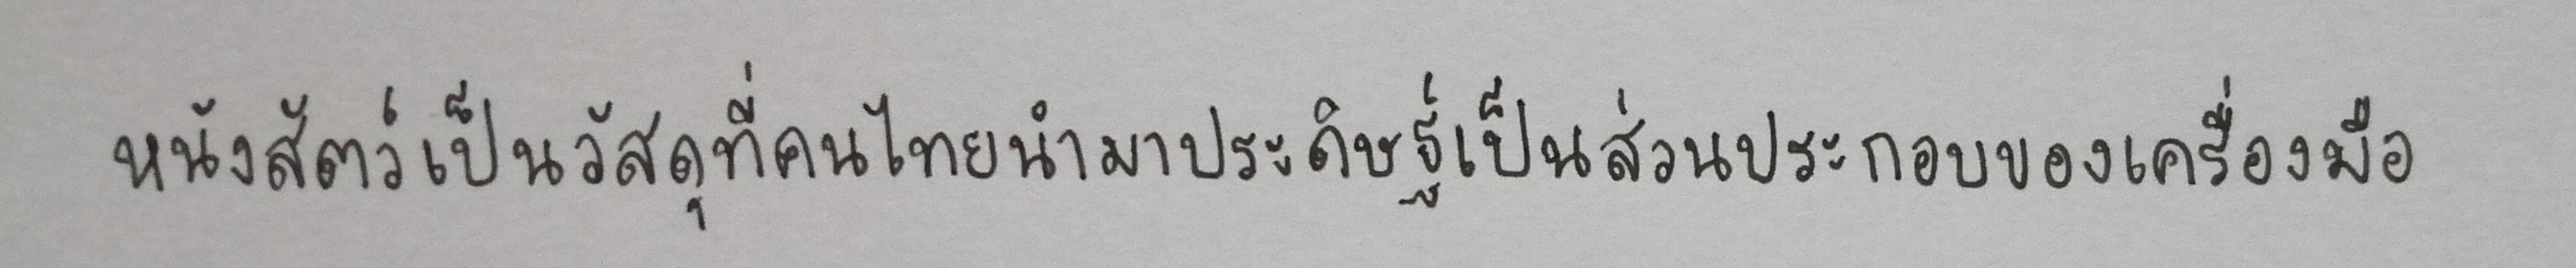
หนังสัตว์เป็นวัสดุที่คนไทยนำมาประดิษฐ์เป็นส่วนประกอบของเครื่องมือ